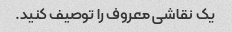
یک نقاشی معروف را توصیف کنید.